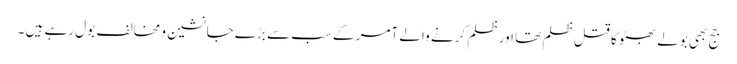
جج بھی بولے بھٹو کا قتل ظلم تھا اور ظلم کرنے والے آمر کے سب سے بڑے جانشین و مخالف بول رہے ہیں ۔